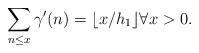
LaTeX: \begin{align*} \sum_{n \leq x} \gamma'(n) = \lfloor x/h_1 \rfloor\forall x >0.\end{align*}